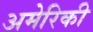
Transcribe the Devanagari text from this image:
अमेेरिकी